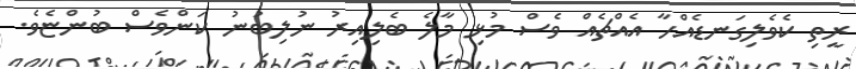
ރީތި ކެވެލިގަނޑެއްހާ އެއްޗެއް ވެސް މުޅި މާލެ ބެލިއިރު ނުލިބުނު ކަންވެސް ބުންޏެވެ.